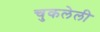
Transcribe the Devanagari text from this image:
चुकलेली